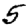
Digit: 5